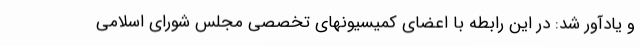
و یادآور شد: در این رابطه با اعضای کمیسیونهای تخصصی مجلس شورای اسلامی